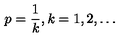
\displaystyle p = \frac { 1 } { k } , k = 1 , 2 , \ldots